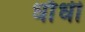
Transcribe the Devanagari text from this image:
धाँधी